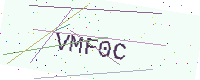
Text: VMF0C